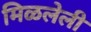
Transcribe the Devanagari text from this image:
मिळलेली